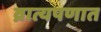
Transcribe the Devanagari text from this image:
व्रात्यपणात